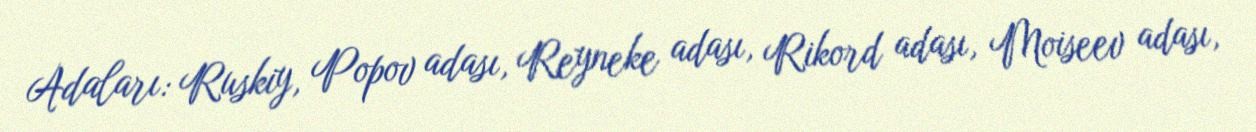
Adaları: Ruskiy, Popov adası, Reyneke adası, Rikord adası, Moiseev adası,